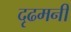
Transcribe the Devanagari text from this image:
दृढमनीं